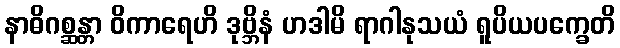
နာဓိဂစ္ဆန္တာ ဝိကာရေဟိ ဒုဗ္ဘိနံ ဟဒါမိ ရာဂါနုသယံ ရူပိယပက္ခေတိ